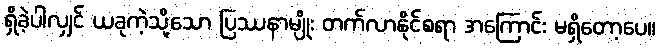
ရှိခဲ့ပါလျှင် ယခုကဲ့သို့သော ပြဿနာမျိုး တက်လာနိုင်စရာ အကြောင်း မရှိတော့ပေ။